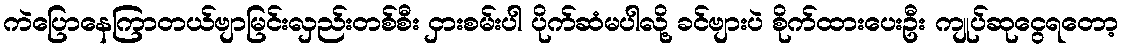
ကဲပြောနေကြာတယ်ဗျာမြင်းလှည်းတစ်စီး ငှားစမ်းပါ ပိုက်ဆံမပါလို့ ခင်ဗျားပဲ စိုက်ထားပေးဦး ကျုပ်ဆုငွေရတော့